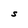
Character: S